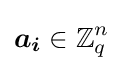
{\boldsymbol {a_{i}}}\in \mathbb {Z} _{q}^{n}